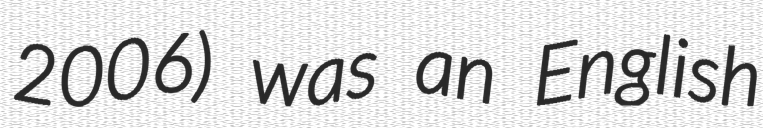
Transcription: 2006) was an English